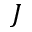
J